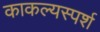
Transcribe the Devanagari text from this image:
काकल्यस्पर्श